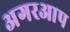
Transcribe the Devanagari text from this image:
अगरआप